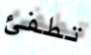
تطفئ